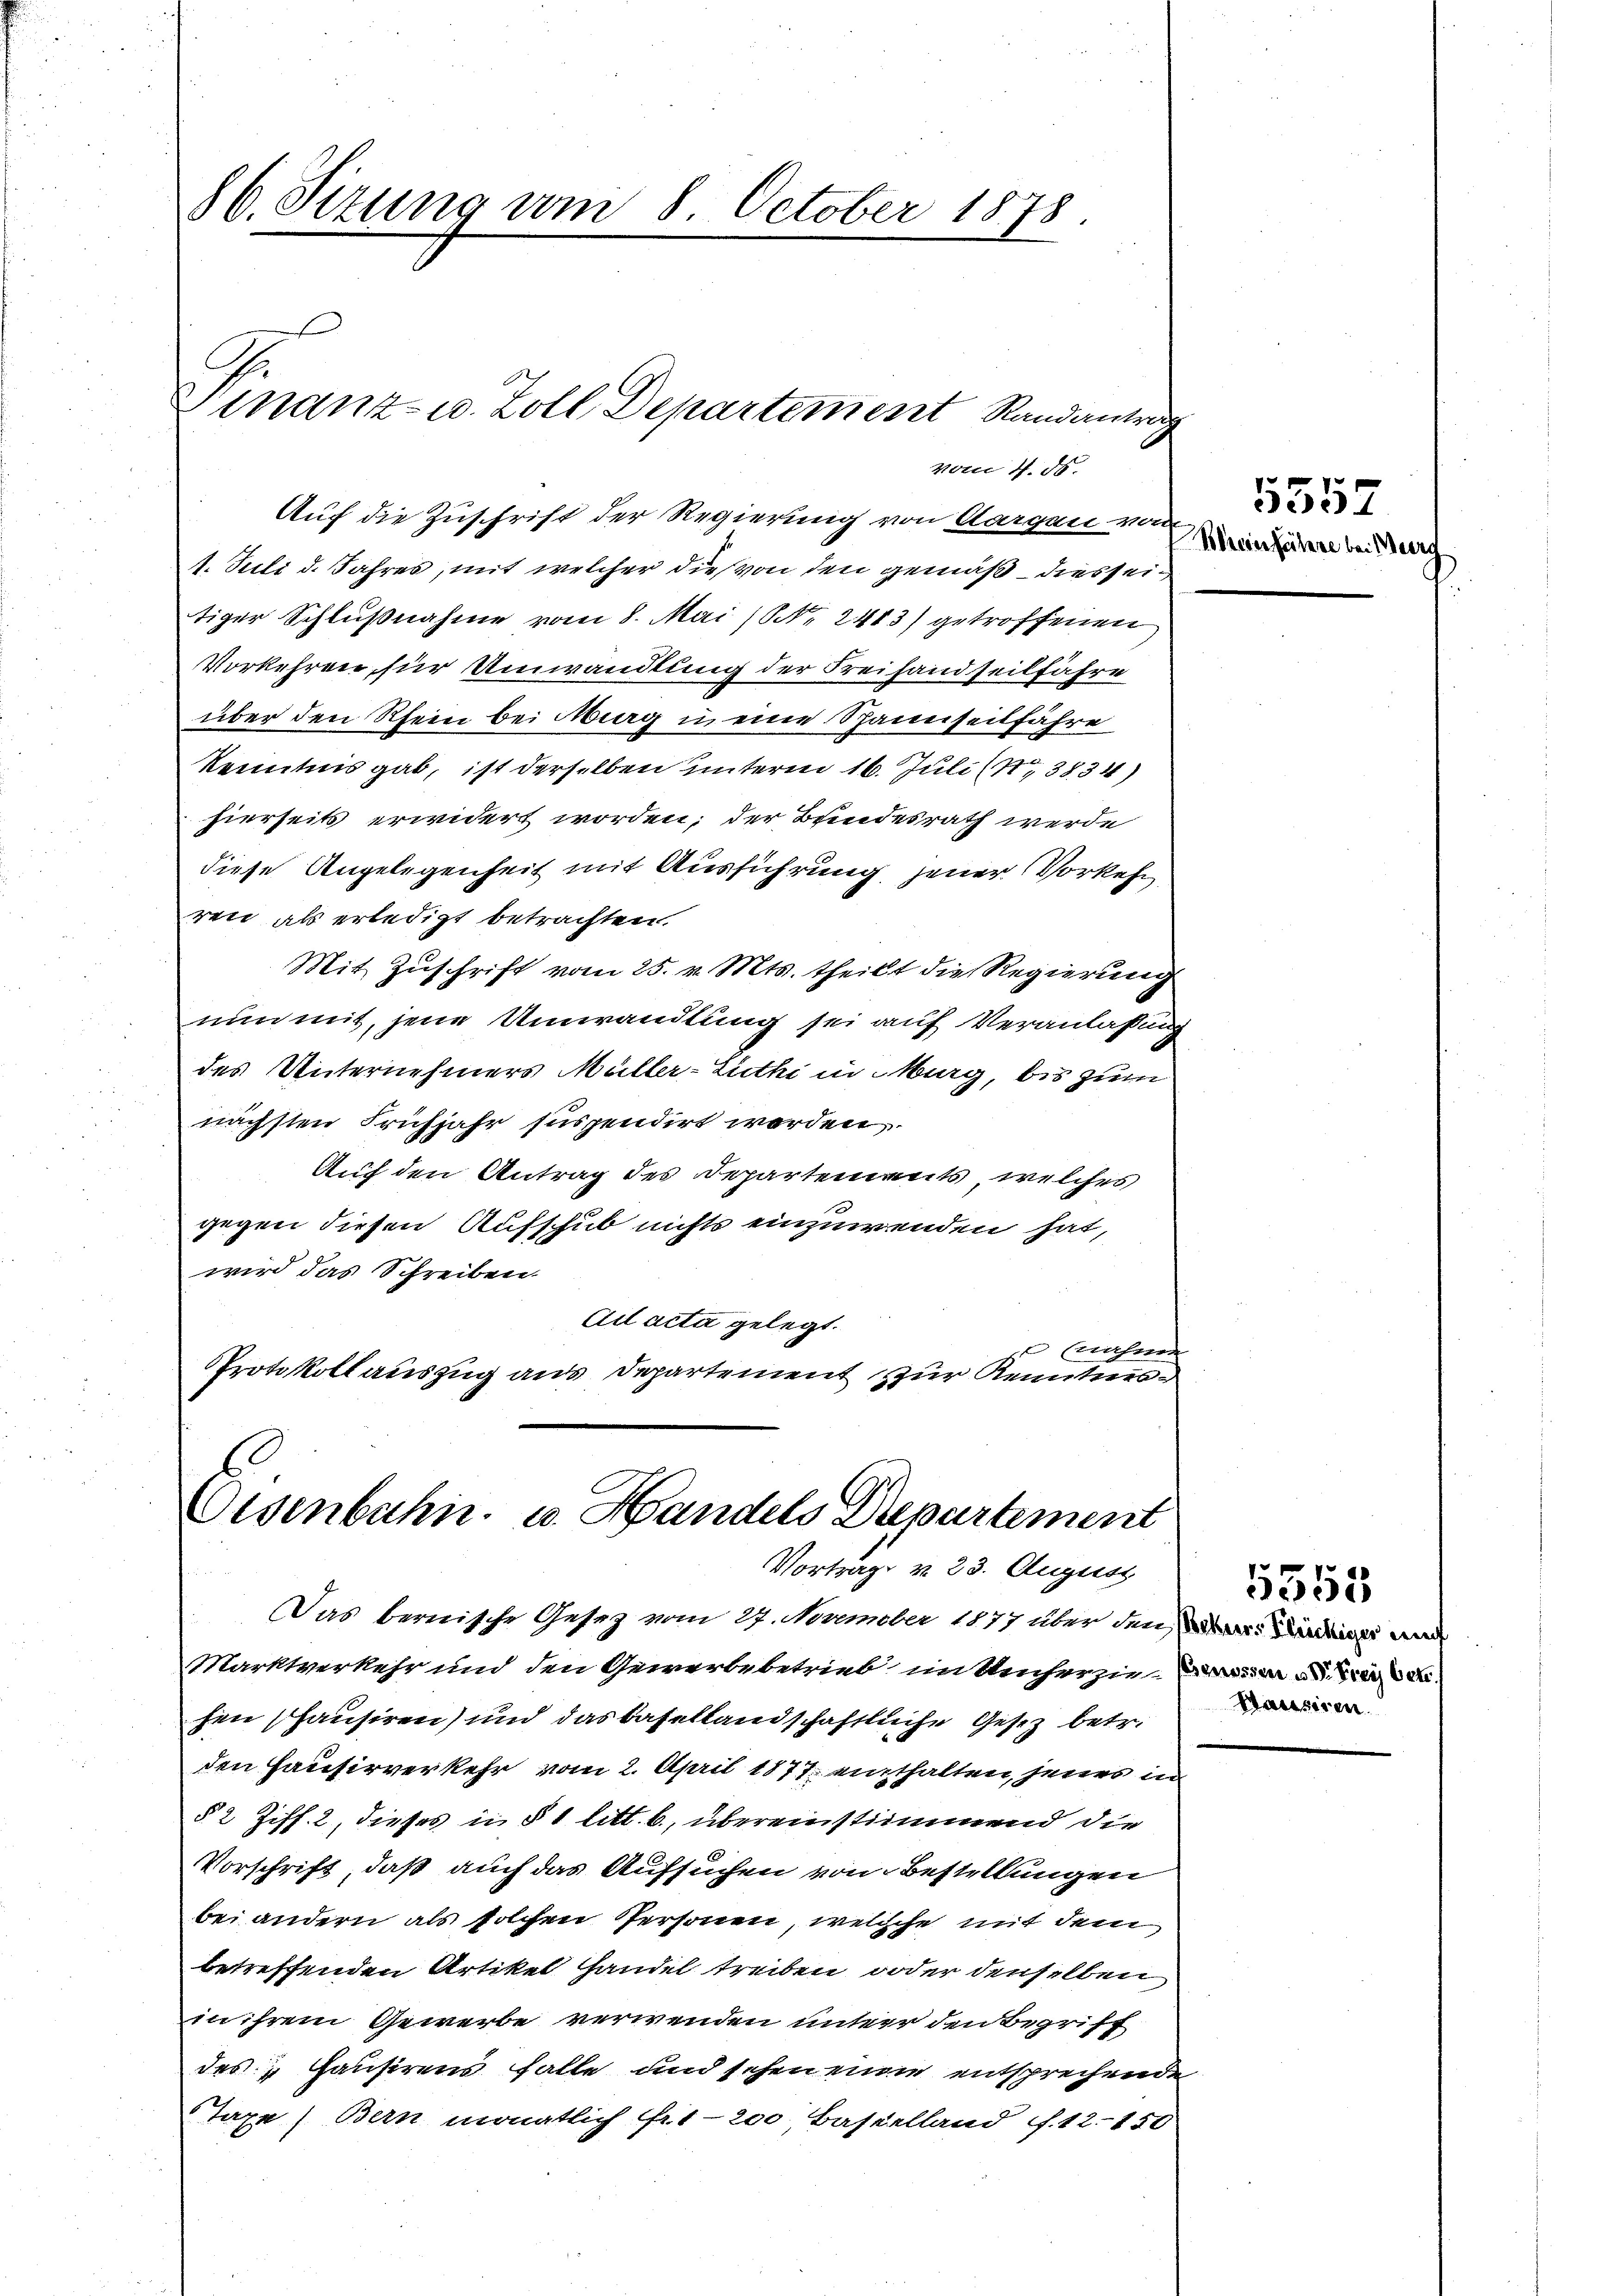
86. Sizung am 8. October 1878.
Finanz- u. Zoll Departement Randante

Auf die Zuschrift der Regierung von Aargau von
1. Juli d. Jahres, mit welcher die von den gemäß dies seitiger Schlußnahme vom 8. Mai (Nr. 2413) getroffenen
Vorkehren, für Umwandlung der Freihandseilfahre
über den Rhein bei Aburg in eine Spannseitfähre
Kenntnis gab, ist derselben unterm 16. Juli (13834)
hierseits erwidert worden; der Bundesrath werde
diese Angelegenheit mit Ausführung jener Vorkehr
ren als erledigt betrachten.
Mit Zuschrift vom 25. v. Mts. theilt die Regierung
nun mit, jene Umwandlung sei auf Veranlaßung
des Unternehmers Müller-Luthi in Murg, bis zum
nächsten Frühjahr suspendirt worden,
Auf den Antrag des Departements, welches
gegen diesen Aufschub nichts einzuwenden hat,
wird das Schreiben.
Ad acta gelegt.
 Cachen
Protokollauszug aus Departement zur Kenntnis

vom 4. ds.

Das bernische Gesez vom 27. November 1877 über den Sinn und
Marktverkehr und den Gewerbebetrieb intencher zum Be
hen Hausiren) und das Basellandschaftliche Gesetz betr.
den Hausirverkehr vom 2. April 1877 enthalten, jenes in
§ 2 Ziff. 2, dieses in § 1 litt. b., übereinstimmend die
Vorschrift, daß auch das Aufsuchen von Bestellungen
bei andern als solchen Personen, welche mit dem
betreffenden Artikel handel treiben, oder denselben
in ihrem Gewerbe verwenden unter den Begriff
des Hausirens falle und sehen eine entsprechende
Tage) Bern monatlich Art 200, Baselland ff. 12. 150

Oesenbahn u. Handels Departement
Vortrag v. 23. August

Woreierseitere bei eer

5557

5555
Mausiren